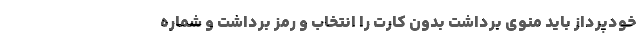
خودپرداز باید منوی برداشت بدون کارت را انتخاب و رمز برداشت و شماره